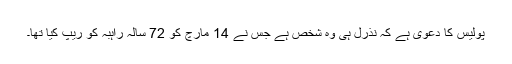
پولیس کا دعوی ہے کہ نذرل ہی وہ شخص ہے جس نے 14 مارچ کو 72 سالہ راہبہ کو ریپ کیا تھا۔